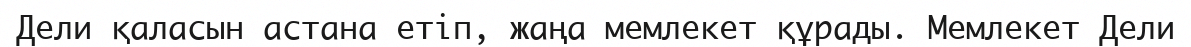
Дели қаласын астана етіп, жаңа мемлекет құрады. Мемлекет Дели